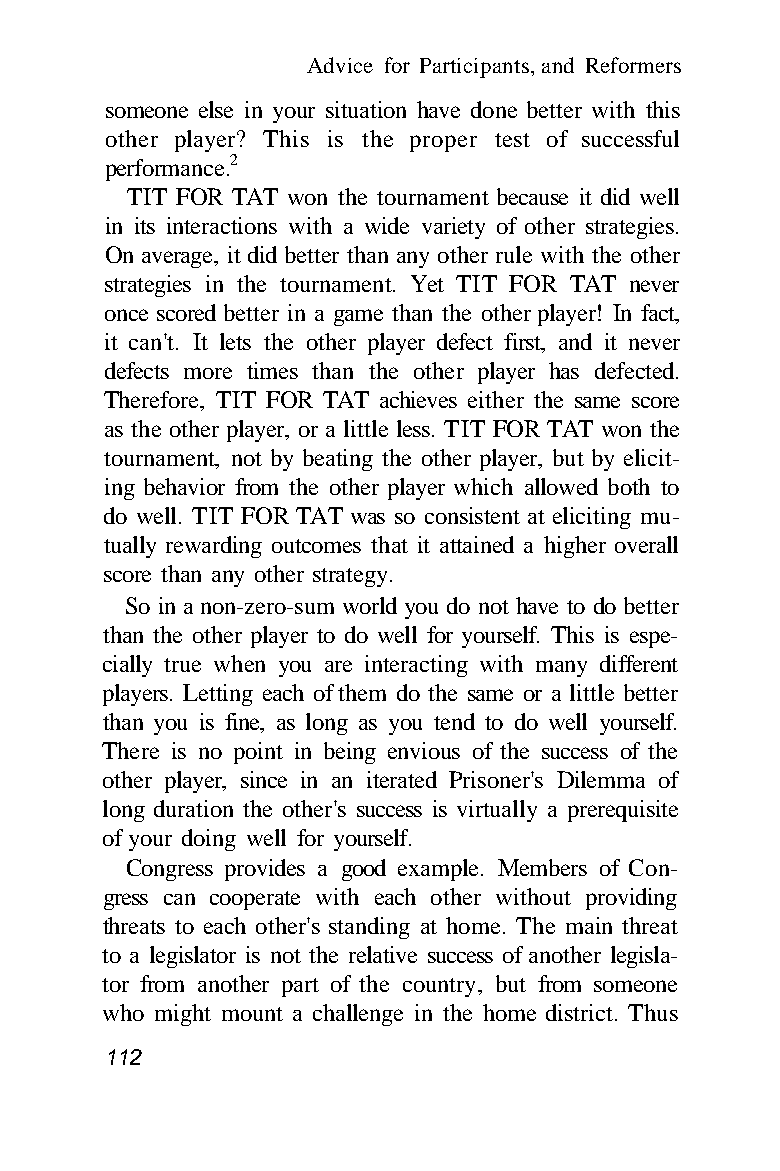
Advice for Participants, and Reformers
 someone else in your situation have done better with this
 other player? This is the proper test of successful
 performance.2
 TIT FOR TAT won the tournament because it did well
 in its interactions with a wide variety of other strategies.
 On average, it did better than any other rule with the other
 strategies in the tournament. Yet TIT FOR TAT never
 once scored better in a game than the other player! In fact,
 it can't. It lets the other player defect first, and it never
 defects more times than the other player has defected.
 Therefore, TIT FOR TAT achieves either the same score
 as the other player, or a little less. TIT FOR TAT won the
 tournament, not by beating the other player, but by elicit-
 ing behavior from the other player which allowed both to
 do well. TIT FOR TAT was so consistent at eliciting mu-
 tually rewarding outcomes that it attained a higher overall
 score than any other strategy.
 So in a non-zero-sum world you do not have to do better
 than the other player to do well for yourself. This is espe-
 cially true when you are interacting with many different
 players. Letting each of them do the same or a little better
 than you is fine, as long as you tend to do well yourself.
 There is no point in being envious of the success of the
 other player, since in an iterated Prisoner's Dilemma of
 long duration the other's success is virtually a prerequisite
 of your doing well for yourself.
 Congress provides a good example. Members of Con-
 gress can cooperate with each other without providing
 threats to each other's standing at home. The main threat
 to a legislator is not the relative success of another legisla-
 tor from another part of the country, but from someone
 who might mount a challenge in the home district. Thus
 112